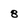
Character: 8